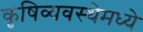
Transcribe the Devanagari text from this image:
कृषिव्यवस्थेमध्ये